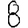
Digit: 8